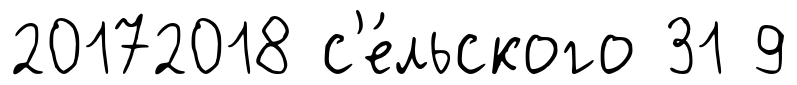
20172018 с'е́льского 31 9